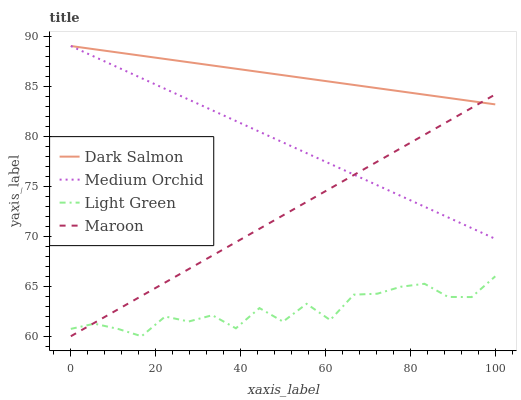
| xaxis_label | Dark Salmon | Medium Orchid | Light Green | Maroon |
 | --- | --- | --- | --- | --- |
 | 0 | 89 | 89 | 60.7 | 60 |
 | 5.56 | 88.7 | 87.9 | 61.3 | 61.3 |
 | 11.1 | 88.4 | 86.9 | 60.7 | 62.7 |
 | 16.7 | 88 | 85.8 | 60 | 64 |
 | 22.2 | 87.7 | 84.7 | 62 | 65.4 |
 | 27.8 | 87.4 | 83.6 | 61.5 | 66.7 |
 | 33.3 | 87.1 | 82.6 | 62.1 | 68.1 |
 | 38.9 | 86.7 | 81.5 | 60.8 | 69.4 |
 | 44.4 | 86.4 | 80.4 | 62.8 | 70.7 |
 | 50 | 86.1 | 79.4 | 61.5 | 72.1 |
 | 55.6 | 85.8 | 78.3 | 63.2 | 73.4 |
 | 61.1 | 85.4 | 77.2 | 61.6 | 74.8 |
 | 66.7 | 85.1 | 76.2 | 64.2 | 76.1 |
 | 72.2 | 84.8 | 75.1 | 64.3 | 77.5 |
 | 77.8 | 84.5 | 74 | 64.9 | 78.8 |
 | 83.3 | 84.1 | 72.9 | 65.2 | 80.1 |
 | 88.9 | 83.8 | 71.9 | 63.9 | 81.5 |
 | 94.4 | 83.5 | 70.8 | 63.9 | 82.8 |
 | 100 | 83.2 | 69.7 | 66 | 84.2 |